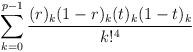
LaTeX: \begin{gather*}\sum_{k=0}^{p-1}\frac{(r)_k(1-r)_k(t)_k(1-t)_k}{k!^4}\end{gather*}